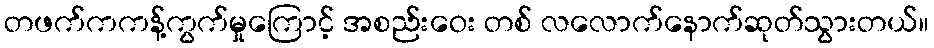
တဖက်ကကန့်ကွက်မှုကြောင့် အစည်းဝေး တစ် လလောက်နောက်ဆုတ်သွားတယ်။